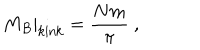
\left. M _ { B } \right| _ { \mathrm { k i n k } } = \frac { N m } { \pi } \ ,